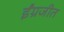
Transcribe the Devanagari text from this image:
ईंग्रजीत